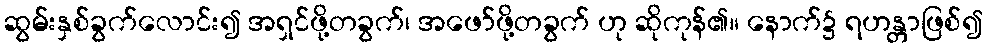
ဆွမ်းနှစ်ခွက်လောင်း၍ အရှင်ဖို့တခွက်၊ အဖော်ဖို့တခွက် ဟု ဆိုကုန်၏။ နောက်၌ ရဟန္တာဖြစ်၍